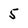
Character: 5